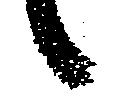
言